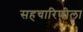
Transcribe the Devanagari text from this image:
सहचारिणीला